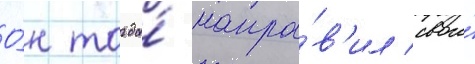
О́н тогда́ напра́в'ил свои́